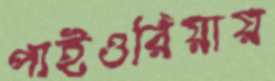
পাইওরিয়ায়